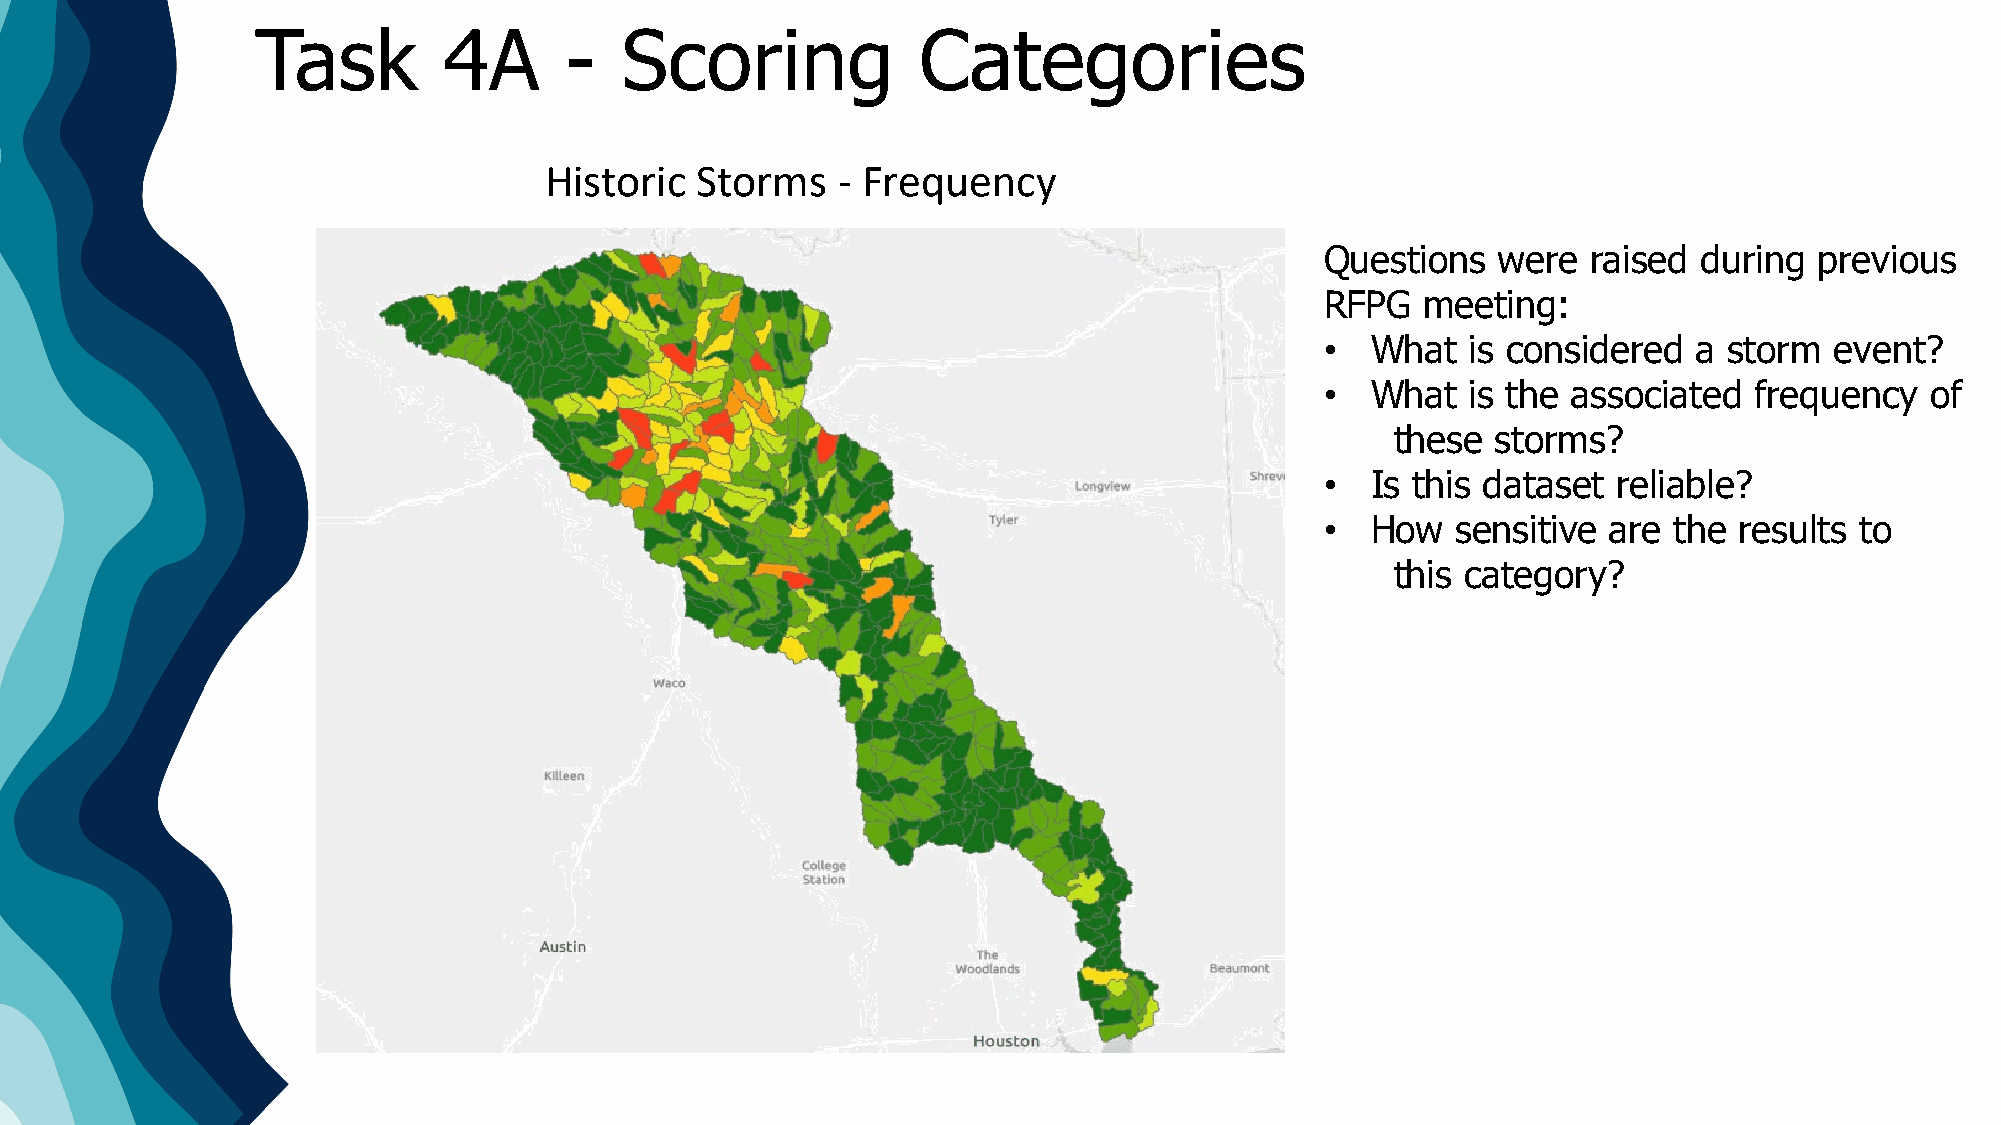
Task        4A      -   Scoring             Categories
 Historic  Storms   - Frequency
 Questions  were  raised  during previous
 RFPG  meeting:
 •  What  is considered  a storm  event?
 •  What  is the associated  frequency   of
 these  storms?
 •  Is this dataset reliable?
 •  How  sensitive  are the results to
 this category?